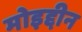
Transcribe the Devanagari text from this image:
मोइद्दीन